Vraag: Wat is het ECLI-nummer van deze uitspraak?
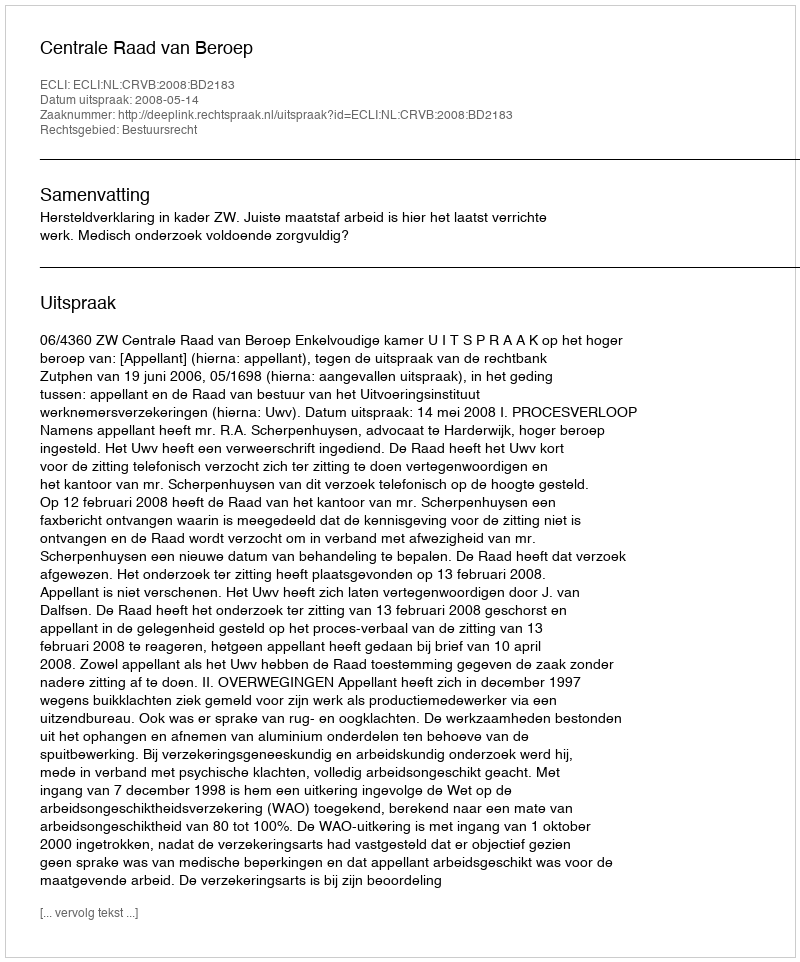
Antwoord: ECLI:NL:CRVB:2008:BD2183